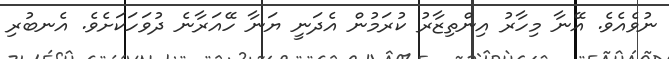
ނުވެއެވެ. އޭނާ މިހާރު އިންތިޒާރު ކުރަމުން އެދަނީ ޔަނާ ހޭއަރާނެ ދުވަހަކަށެވެ. އެނބުރި